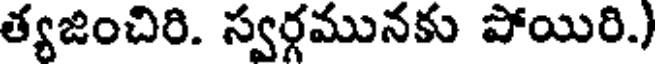
త్యజించిరి. స్వర్గమునకు పోయిరి.)